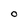
Character: 0